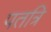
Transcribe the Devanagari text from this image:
पतत्रि